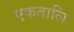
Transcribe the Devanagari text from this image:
एकतालि